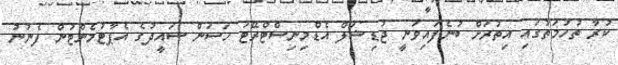
ކުރާ ތުހުމަތުގައި އިތުރަށް ބުނެފައިވަނީ ޖުޑިޝަލް އެޑްމިނިސްޓްރޭޓަ ހަސަން ސައީދުގެ އެޕާޓުމެންޓުން ފެނުނު